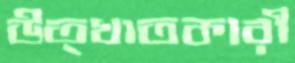
উত্খাতকারী